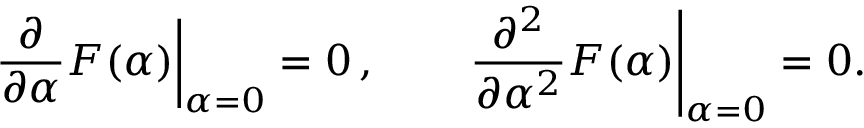
\left. \frac { \partial } { \partial \alpha } F ( \alpha ) \right| _ { \alpha = 0 } = 0 \, , \qquad \left. \frac { \partial ^ { 2 } } { \partial \alpha ^ { 2 } } F ( \alpha ) \right| _ { \alpha = 0 } = 0 .